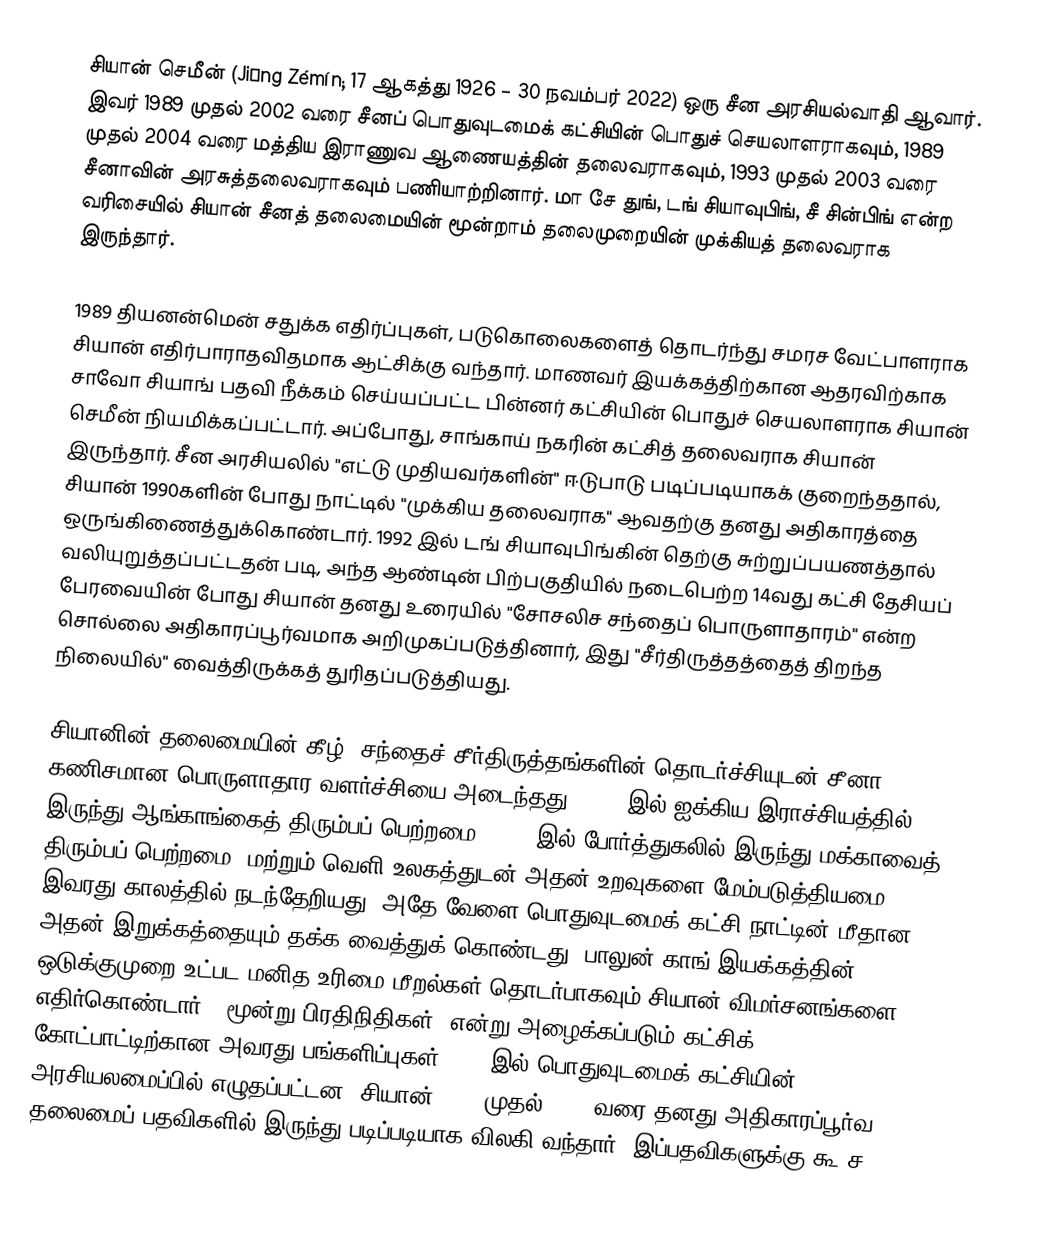
சியான் செமீன் (Jiāng Zémín; 17 ஆகத்து 1926 – 30 நவம்பர் 2022) ஒரு சீன அரசியல்வாதி ஆவார். இவர் 1989 முதல் 2002 வரை சீனப் பொதுவுடமைக் கட்சியின் பொதுச் செயலாளராகவும், 1989 முதல் 2004 வரை மத்திய இராணுவ ஆணையத்தின் தலைவராகவும், 1993 முதல் 2003 வரை சீனாவின் அரசுத்தலைவராகவும் பணியாற்றினார். மா சே துங், டங் சியாவுபிங், சீ சின்பிங் என்ற வரிசையில் சியான் சீனத் தலைமையின் மூன்றாம் தலைமுறையின் முக்கியத் தலைவராக இருந்தார்.

1989 தியனன்மென் சதுக்க எதிர்ப்புகள், படுகொலைகளைத் தொடர்ந்து சமரச வேட்பாளராக சியான் எதிர்பாராதவிதமாக ஆட்சிக்கு வந்தார். மாணவர் இயக்கத்திற்கான ஆதரவிற்காக சாவோ சியாங் பதவி நீக்கம் செய்யப்பட்ட பின்னர் கட்சியின் பொதுச் செயலாளராக சியான் செமீன் நியமிக்கப்பட்டார். அப்போது, சாங்காய் நகரின் கட்சித் தலைவராக சியான் இருந்தார். சீன அரசியலில் "எட்டு முதியவர்களின்" ஈடுபாடு படிப்படியாகக் குறைந்ததால், சியான் 1990களின் போது நாட்டில் "முக்கிய தலைவராக" ஆவதற்கு தனது அதிகாரத்தை ஒருங்கிணைத்துக்கொண்டார். 1992 இல் டங் சியாவுபிங்கின் தெற்கு சுற்றுப்பயணத்தால் வலியுறுத்தப்பட்டதன் படி, அந்த ஆண்டின் பிற்பகுதியில் நடைபெற்ற 14வது கட்சி தேசியப் பேரவையின் போது சியான் தனது உரையில் "சோசலிச சந்தைப் பொருளாதாரம்" என்ற சொல்லை அதிகாரப்பூர்வமாக அறிமுகப்படுத்தினார், இது "சீர்திருத்தத்தைத் திறந்த நிலையில்" வைத்திருக்கத் துரிதப்படுத்தியது.

சியானின் தலைமையின் கீழ், சந்தைச் சீர்திருத்தங்களின் தொடர்ச்சியுடன் சீனா கணிசமான பொருளாதார வளர்ச்சியை அடைந்தது. 1997 இல் ஐக்கிய இராச்சியத்தில் இருந்து ஆங்காங்கைத் திரும்பப் பெற்றமை, 1999 இல் போர்த்துகலில் இருந்து மக்காவைத் திரும்பப் பெற்றமை, மற்றும் வெளி உலகத்துடன் அதன் உறவுகளை மேம்படுத்தியமை இவரது காலத்தில் நடந்தேறியது, அதே வேளை பொதுவுடமைக் கட்சி நாட்டின் மீதான அதன் இறுக்கத்தையும் தக்க வைத்துக் கொண்டது. பாலுன் காங் இயக்கத்தின் ஒடுக்குமுறை உட்பட மனித உரிமை மீறல்கள் தொடர்பாகவும் சியான் விமர்சனங்களை எதிர்கொண்டார். "மூன்று பிரதிநிதிகள்" என்று அழைக்கப்படும் கட்சிக் கோட்பாட்டிற்கான அவரது பங்களிப்புகள் 2002 இல் பொதுவுடமைக் கட்சியின் அரசியலமைப்பில் எழுதப்பட்டன. சியான் 2002 முதல் 2005 வரை தனது அதிகாரப்பூர்வ தலைமைப் பதவிகளில் இருந்து படிப்படியாக விலகி வந்தார். இப்பதவிகளுக்கு கூ ச